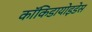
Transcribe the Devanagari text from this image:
कॉकिडायोइडेस